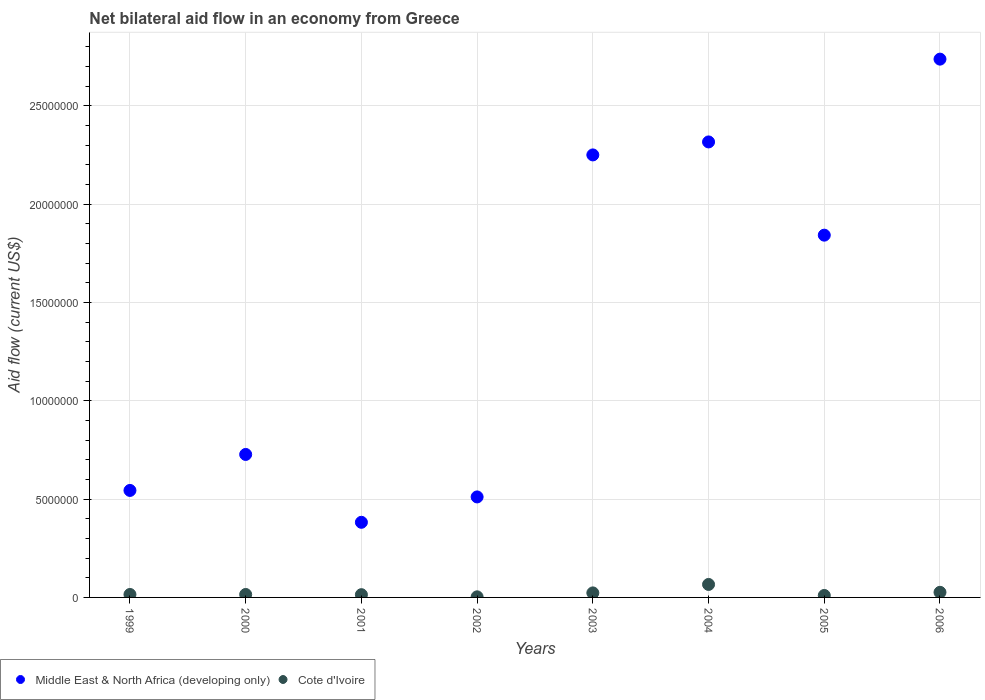
| Years | Middle East & North Africa (developing only) | Cote d'Ivoire |
 | --- | --- | --- |
 | 1999 | 5.44e+06 | 1.5e+05 |
 | 2000 | 7.27e+06 | 1.5e+05 |
 | 2001 | 3.82e+06 | 1.4e+05 |
 | 2002 | 5.11e+06 | 3e+04 |
 | 2003 | 2.25e+07 | 2.3e+05 |
 | 2004 | 2.32e+07 | 6.6e+05 |
 | 2005 | 1.84e+07 | 1e+05 |
 | 2006 | 2.74e+07 | 2.6e+05 |